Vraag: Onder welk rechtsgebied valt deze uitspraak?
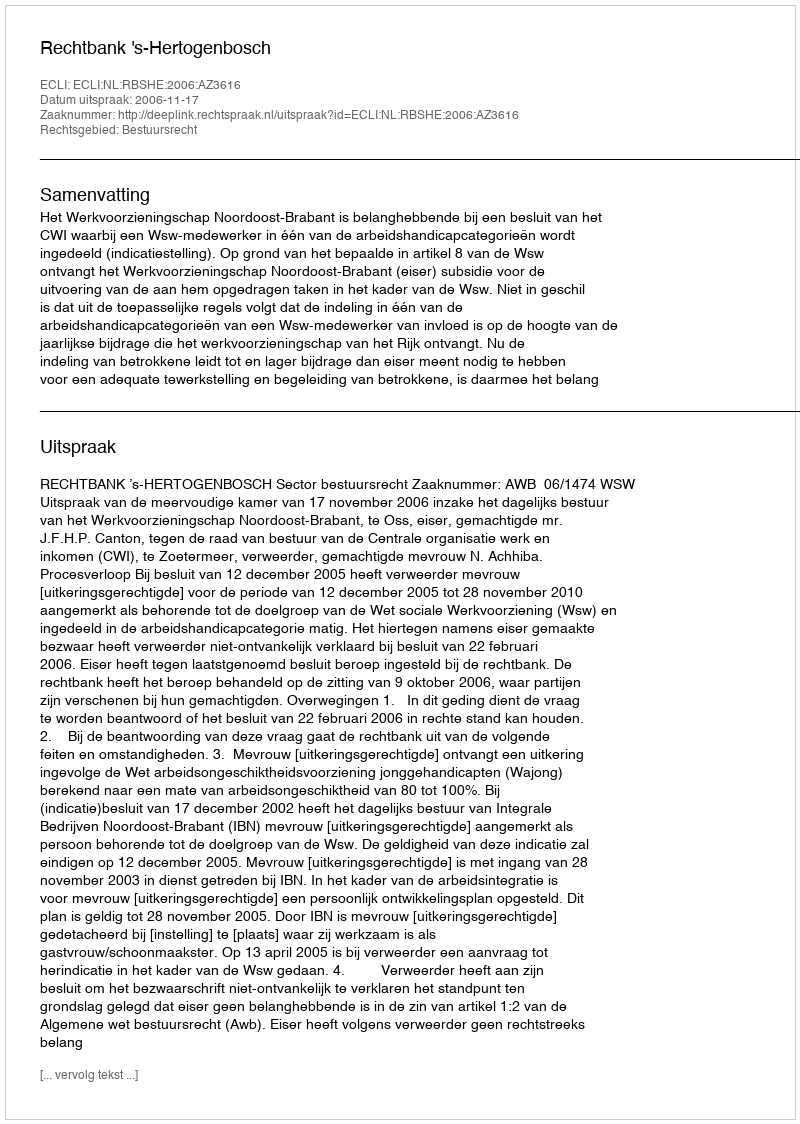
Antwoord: Bestuursrecht